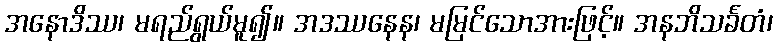
အနောဒိဿ၊ မရည်ရွယ်မူ၍။ အဒဿနေန၊ မမြင်သောအားဖြင့်။ အနဘိသင်္ခတံ၊